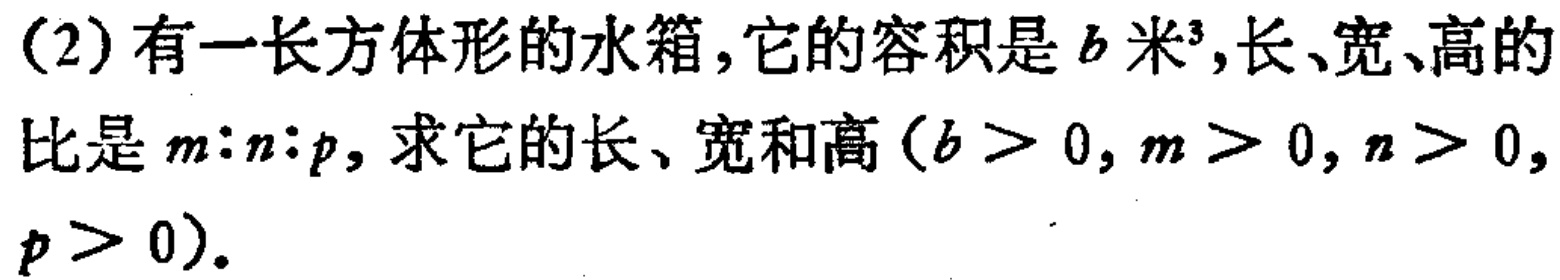
(2)有一长方体形的水箱,它的容积是\(b\)米³,长、宽、高的比是\(m:n:p\), 求它的长、宽和高\((b > 0,m > 0,n > 0,p > 0)\).